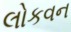
લોકવન